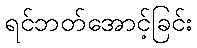
ရင်ဘတ်အောင့်ခြင်း